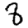
Digit: 8